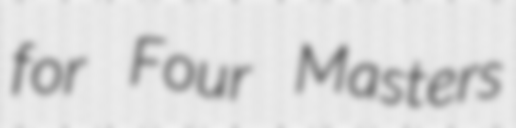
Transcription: for Four Masters